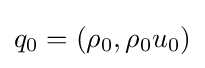
q_{0}=(\rho _{0},\rho _{0}u_{0})